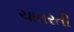
ચાતરતી